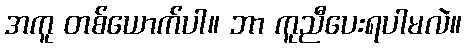
အကူ တစ်ယောက်ပါ။ ဘာ ကူညီပေးရပါမလဲ။